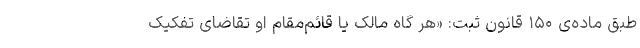
طبق ماده‌ی ۱۵۰ قانون ثبت: «هر گاه مالک یا قائم‌مقام او تقاضای تفکیک